Annual statistical returns and brief notes on vaccination in Bengal - 1909-1929
Year: 1909
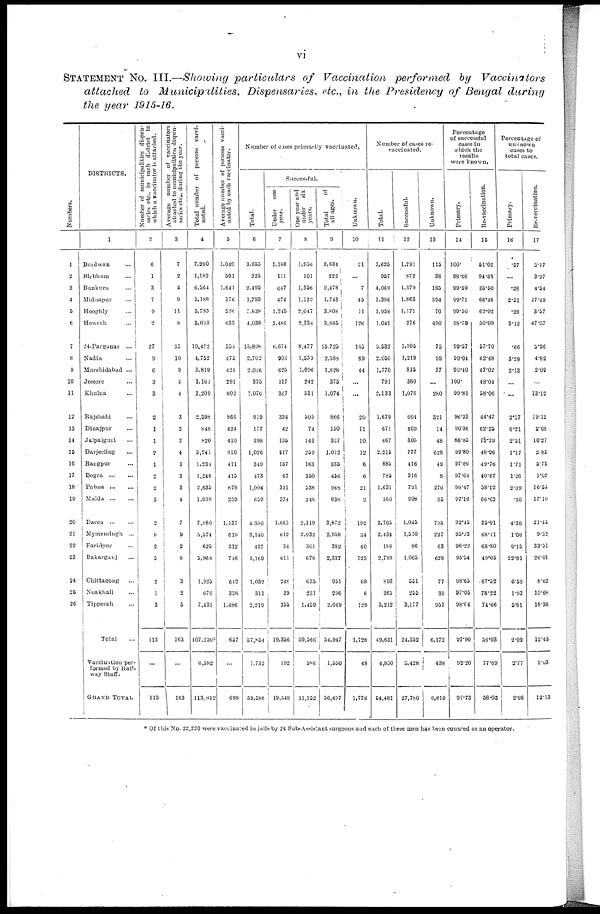
vi
STATEMENT NO. III.—Showing particulars of Vaccination performed by Vaccinators
attached to Municipalities,
Dispensaries, etc., in the Presidency of Bengal during
the year 1915-16.
Numbers.
1
2
3
4
6
6
7
8
9
10
11
12
13
14
15
16
17
18
19
20
21
22
23
24
25
26
DISTRICTS.
1
Burdwan ...
Birbhum
...
Bankura ...
Midnapur ...
Hooghly ...
Howrah
...
24-Parganas ...
Nadia ...
Murshidabad ...
Jessore ...
Khulna ...
Rajshahi ...
Dinajpur ...
Jalpaiguri ...
Darjeeling ...
Rangpur ...
Bogra
...
...
Pabna
...
...
Malda
...
...
Dacca
...
...
Mymensingh ...
Faridpur ...
Bakarganj ...
Chittagong ...
Noakhali ...
Tipperah ...
Total ...
Vaccination per-
formed by Rail-
way Staff.
GRAND TOTAL
Number of municipalities dispen-
saries etc. in each district to
which a vaccinator is attached.
2
6
1
3
7
9
2
27
9
6
3
3
2
1
1
2
1
2
2
3
2
8
2
5
2
1
3
113
...
113
Average number of vaccinators
attached to municipalities, dispen-
saries etc., during the year.
3
7
2
4
9
11
8
35
10
9
4
4
3
2
2
4
3
3
3
4
7
9
2
8
3
2
5
163
...
163
Total number of persons vacci-
nated.
4
7,280
1,182
6,564
5,188
5,785
5,063
19,402
4,752
3,819
1,163
3,209
2,598
848
820
3,241
1,231
1,246
2,635
1,039
7,960
5,574
625
5,968
1,925
676
7,431
107,230*
6,582
113,812
Average number of persons vacci-
nated by each vaccinator.
5
1,040
591
1,641
576
526
633
554
475
424
291
802
866
424
410
810
411
415
878
259
1,137
619
312
746
642
338
1,486
657
...
698
Number of cases primarily vaccinated,
Total.
6
3,655
225
2,495
1,703
2,838
4,038
15,898
2,702
2,066
375
1,076
919
177
398
1,026
349
473
1,004
659
4,380
3,140
437
3,169
1,032
311
2,219
57,854
1,732
59,586
Successful.
Under
one
year.
7
1,186
111
647
474
1,245
1,486
6,674
903
625
117
367
334
42
135
517
157
67
331
374
1,665
612
34
611
248
39
355
19,356
192
19,548
One year and
under six
years.
8
1,956
101
1,356
1,132
2,047
2,334
8,477
1,559
1,096
242
531
505
74
143
259
163
350
538
248
2,119
2,032
301
678
635
231
1,459
30,566
586
31,152
Total
of
all ages.
9
3,634
222
2,478
1,743
3,808
3,865
15,725
2,588
1,828
375
1,074
866
150
337
1,012
335
456
968
638
3,872
2,958
382
2,337
951
296
2,049
54,947
1,550
56,497
Unknown.
10
21
...
7
45
11
126
105
89
44
...
...
20
11
10
12
6
6
21
2
192
34
40
723
68
6
129
1,728
48
1,776
Number of cases re-
vaccinated.
Total.
11
3,625
957
4,069
3,396
1,958
1,041
3,532
2,050
1,770
791
2,133
1,679
671
467
2,215
885
785
1,631
380
3,705
2,434
188
2,799
893
365
5,212
49,631
4,850
54,481
Successful.
12
1,791
872
1,379
1,863
1,171
276
1,995
1,219
815
380
1,076
604
409
305
777
416
316
791
208
1,045
1,510
86
1,065
551
255
3,177
24,352
3,428
27,780
Unknown.
13
115
38
185
594
70
490
75
99
37
...
280
321
14
48
628
49
8
270
65
795
227
63
628
77
39
357
6,172
438
6,610
Percentage
of successful
cases in
which the
results
were known.
Primary.
14
100.
98.68
99.59
99.71
99.50
98.79
90.57
99.04
90.40
100.
99.81
96.33
90.36
86.85
99.80
97.66
97.64
98.47
97.10
92.45
95.23
96.22
95.54
98.65
97.05
98.04
97.90
9220
97.73
Re-vaccination.
15
51.02
94.88
35.50
66.48
62.02
50.00
57.70
62.48
47.02
48.04
58.06
44.47
62.25
72.79
48.06
49.76
40.67
58.12
66.03
35.91
68.41
68.80
49.05
67.52
78.22
74.66
56.03
77.69
58.03
Percentage of
unknown
cases to
total cases.
Primary.
16
.57
...
.28
2.51
.28
3.12
.66
3.29
2.13
...
...
2.17
6.21
2.51
1.17
1.71
1.26
2.09
.30
4.38
1.08
9.15
22.81
6.59
1.93
5.81
2.09
2.77
2.98
Re-veccination.
17
3.17
3.97
4.54
17.49
3.57
47.07
2.96
4.82
2.09
...
13.12
19.12
2.08
10.27
2.83
5.73
1.02
16.55
17.10
21.45
9.32
33.51
26.01
8.62
10.68
18.36
12.43
9.03
12.13
* Of this No. 22,220 were vaccinated in jails by 24 Sub-Assistant surgeons and each of these men has been counted as an operator.